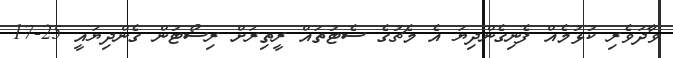
ވާދަވެރި ކުޅުމެއް ފެނިގެންދިޔަ އެ މެޗުގެ ސެޓުތައް ރީތިރަށް ރިސޯޓުން ގެންދިޔައީ 25-17